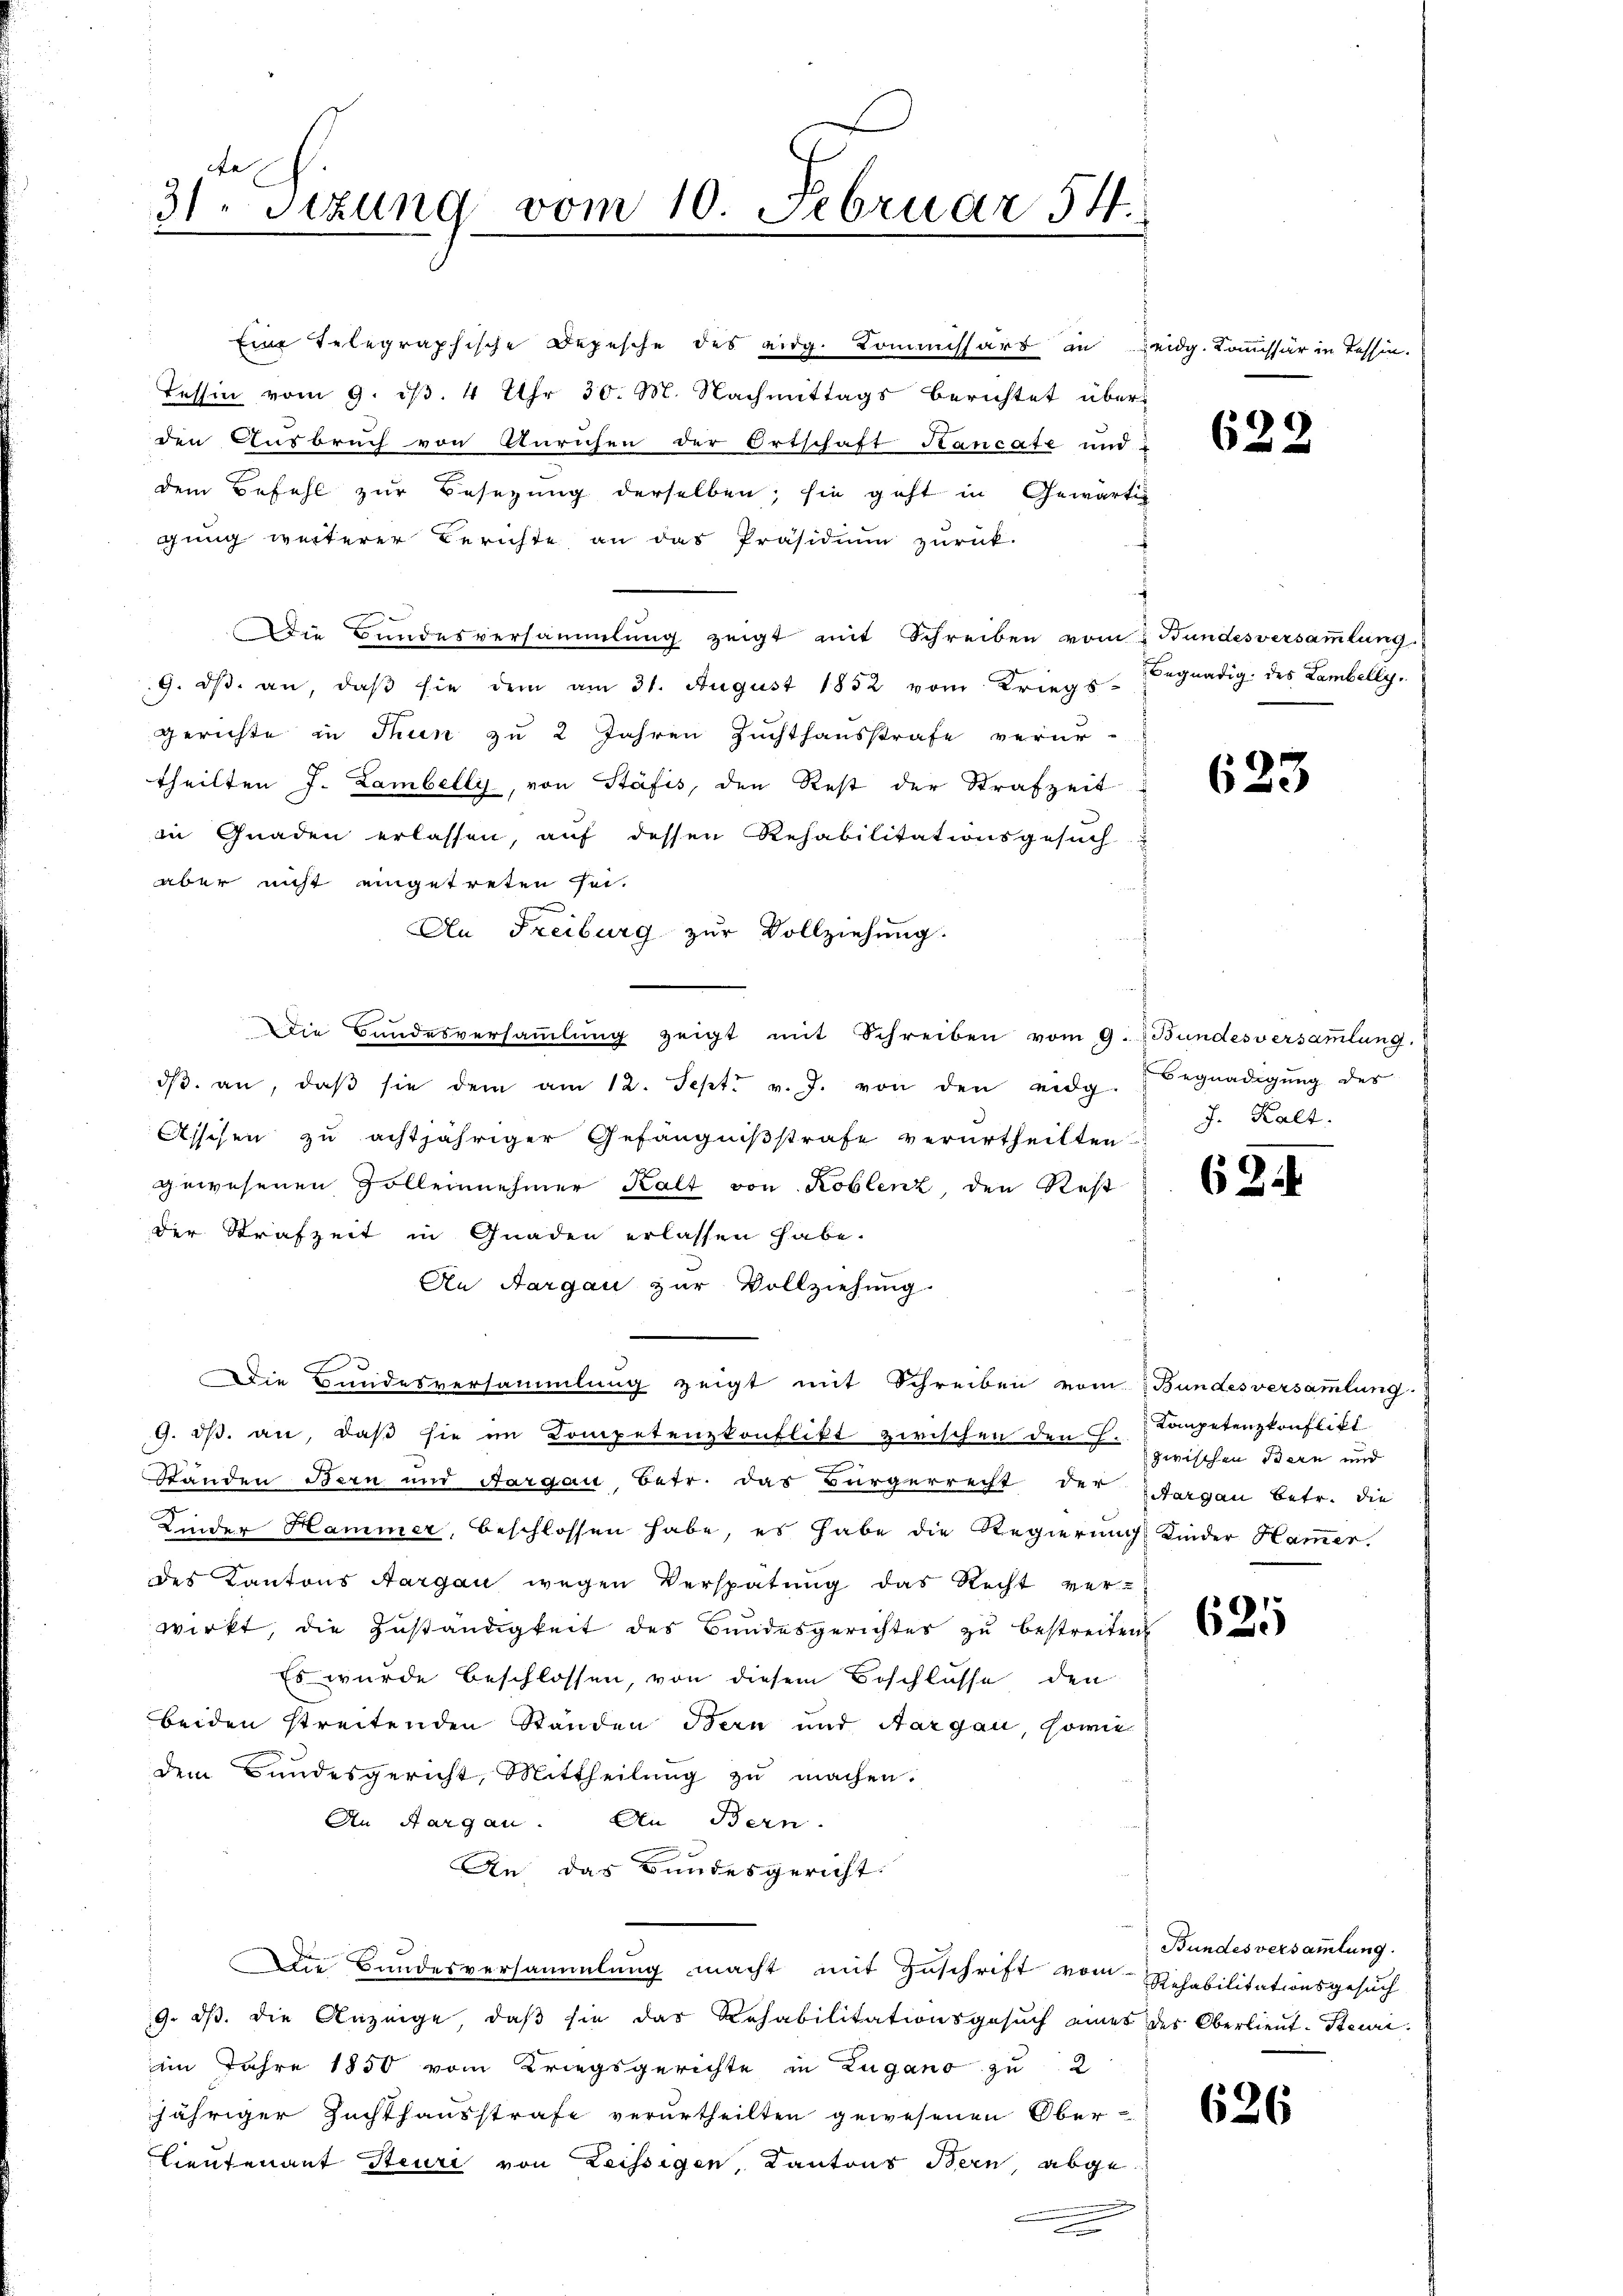
31. Sizung vom 10. Februar 54.

Eine Telegraphische Depesche des eidg. Kommissärs in Leidg. Kommissär in Tessin.
Tessin vom 9. ds. 4 Uhr 30. M. Nachmittags berichtet über
den Ausbruch von Anruhen der Ortschaft Hancate und
dem Befehl zur Besezung derselben; sie geht in Gewärtig
gung weiterer Berichte an das Präsidium zurück-
Die Bundesversammlung zeigt mit Schreiben vom 2 Hundesversamlung.)
9. dβ an, daβ sie dem am 31. August 1852 vom Kriegs-Begnadig. des Lambelly,
gerichte in Thun zu 2 Jahren Zuchthausstrafe verurtheilten J. Lambelli, von Stäfis, den Rest der Strafzeit
in Gnaden erlassen, auf dessen Rehabilitationsgesuch
aber nicht eingetreten sei.
F
An Freiburg zur Vollziehung.
Die Bundesversammlung zeigt mit Schreiben vom 9. & Bundesversamlung.
dβ. an, daβ sie dem am 12. Sept. v. J. von den eidg. Begnadigŭng der
Assesen zu achtjähriger Gefängnißstrafe verurtheilten
gewesenen Zolleinnehmer Kalt von Koblenz, den Rest
der Strafzeit in Gnaden erlassen habe.
An Aargau zur Vollziehung.
Die Bundesversammlung zeigt mit Schreiben vom Bundesversammlung
9. dβ. an, daß sie im Kompetenzkonflikt zwischen den S. Kompetenzkonflikt
Standen Bern und Aargau, Betr. das Bürgerrecht der Sargau betr. die
—
Kinder Hammer, beschlossen habe, es habe die Regierung Kinder Hammer.
des Kantons Aargau wegen Verspätung das Recht verwirkt, die Zuständigkeit des Bundesgerichtes zu bestreiten
Es wurde beschlossen, von diesem Beschlüsse den
beiden streitenden Ständen Bern und Aargau, sowie
dem Bundesgericht, Mittheilung zu machen.
An Aargau. An Bern.
An das Bundesgericht.
Die Bandesversammlung macht mit Zuschrift vom Rehabilitationsgesuch
9. ds. die Anzeige, daß sie das Rehabilitationsgesŭch eines des Oberlieŭt. Steue
im Jahre 1850 vom Kriegsgerichte in Zugano zu 2
jähriger Zuchthausstrafe verurtheilten gewesenen Ober¬
Lieutenant Steuri von Zeissigen, Kantons Bern, abgen

622

623

J. Kalt.

62.

zwischen Bern und

625

626

Bundesversammlung.